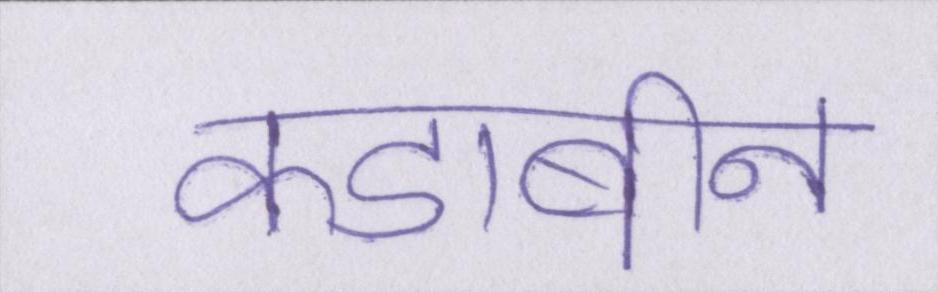
कडाबीन